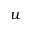
\boldsymbol { u }